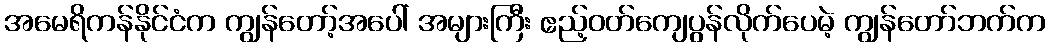
အမေရိကန်နိုင်ငံက ကျွန်တော့်အပေါ် အများကြီး ဧည့်ဝတ်ကျေပွန်လိုက်ပေမဲ့ ကျွန်တော်ဘက်က